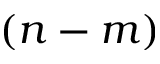
( n - m )